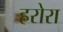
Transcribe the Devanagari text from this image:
हरोरा